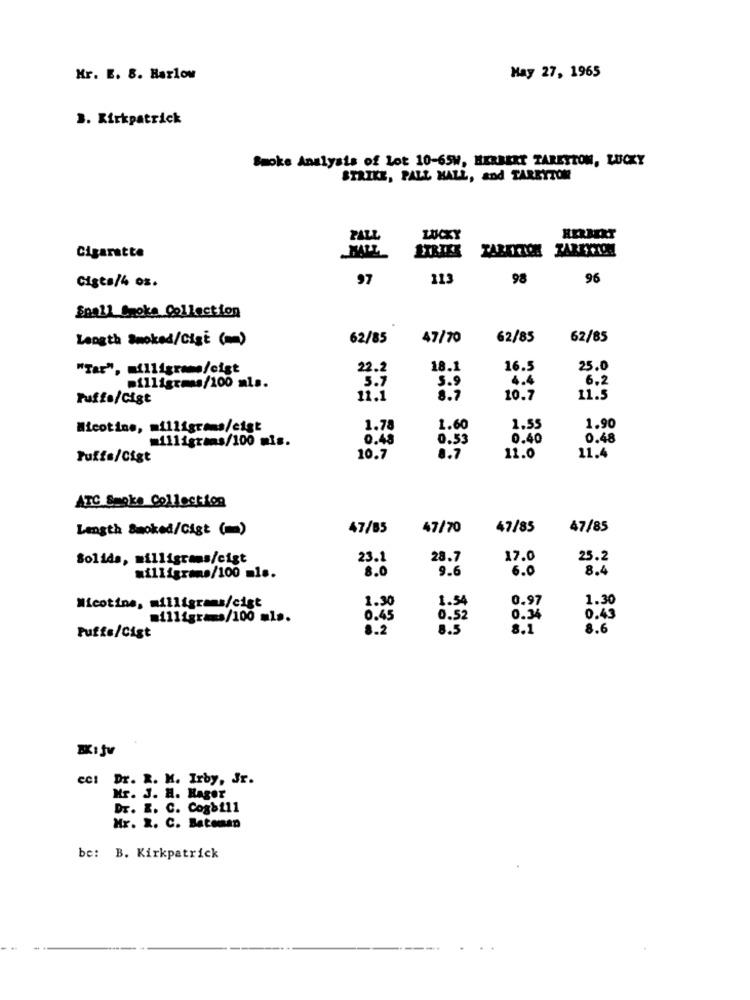
Mr. E. 8. Harlow
May 27, 1965
3. Kirkpatrick
Smoke Analysis of Lot 10-65W, HERBERT TARETION, LUCKY
STRIKE, PALL MALL, and TAREYTON
PALL
Cigarette
97
113
98
96
Cigts/4 oz.
Snall Smoke Collection
Length Smoked/Cigi (=)
62/85
47/70
62/85
62/85
"Tar", milligrame/cigt
22.2
18.1
16.5
25.0
4.4
6.2
milligemas/100 mls.
5.7
5.9
Puffs/Cigt
11.1
8.7
10.7
11.5
Nicotine, milligrams/cigt
1.78
1.60
1.55
1.90
milligrams/100 mis.
0.48
0.53
0.40
0.48
Puffa/Cigt
10.7
8.7
11.0
11.4
ATC Smoke Collection
Length Smoked/Cigt (=)
47/85
47/70
47/85
47/85
Solids, milligrams/cigt
23.1
28.7
17.0
25.2
8.0
9.6
6.0
8.4
milligrams/100 ml ..
1.30
1.54
0.97
1.30
Nicotine, milligrams/cigt
milligrams/100 ml ..
0.45
0.52
0.34
0.43
8.2
8.5
8.1
8.6
Puffe/Cigt
ccl Dr. R. M. Irby, Jr.
Mr. J. H. Hager
Dr. E. C. Cogbill
Mr. X. C. Bateman
be: B. Kirkpatrick